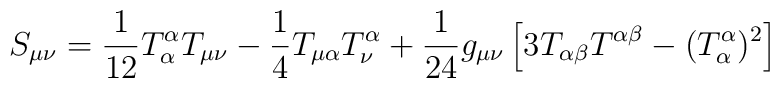
S_{\mu\nu} = \frac{1}{12}T^\alpha_\alpha T_{\mu\nu} -\frac{1}{4}T_{\mu\alpha}T_\nu^\alpha +\frac{1}{24}g_{\mu\nu}\left[ 3T_{\alpha\beta}T^{\alpha\beta} -(T^\alpha_\alpha)^2 \right]